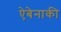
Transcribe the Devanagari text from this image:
ऐबेनाकी